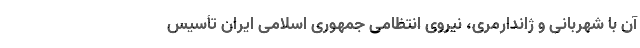
آن با شهربانی و ژاندارمری، نیروی انتظامی جمهوری اسلامی ایران تأسیس